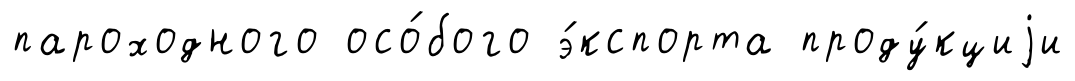
пароходного осо́бого э́кспорта проду́кциjи